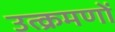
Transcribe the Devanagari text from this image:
उत्क्रमणों